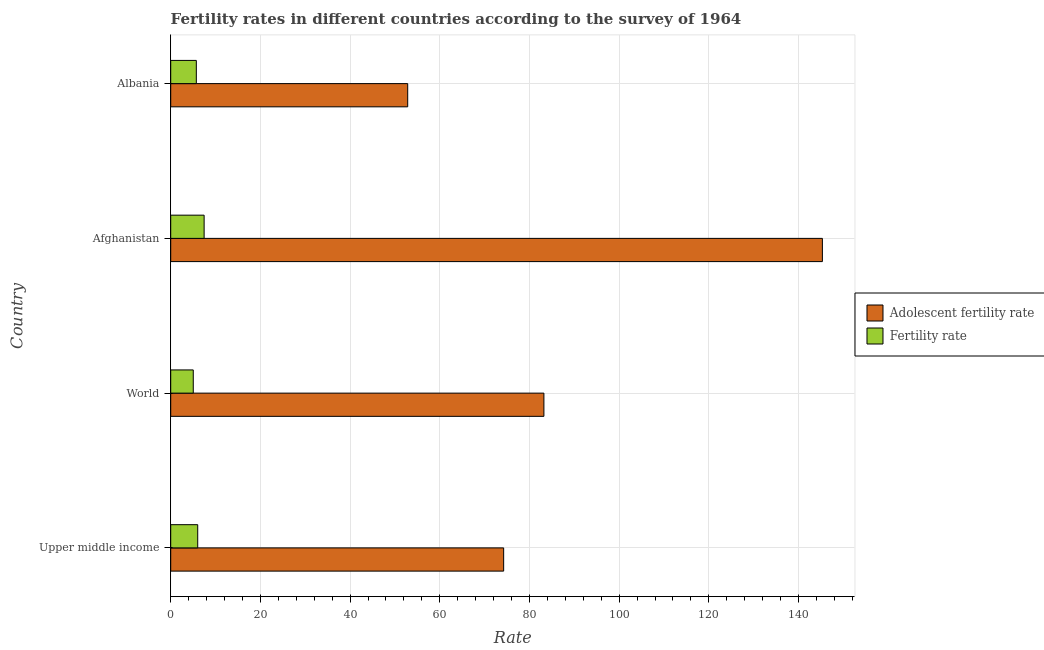
| Country | Adolescent fertility rate | Fertility rate |
 | --- | --- | --- |
 | Upper middle income | 74.2 | 6.02 |
 | World | 83.2 | 5.03 |
 | Afghanistan | 145 | 7.45 |
 | Albania | 52.8 | 5.71 |